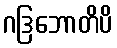
ဂဒြဘောတိပိ